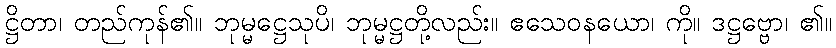
ဋ္ဌိတာ၊ တည်ကုန်၏။ ဘုမ္မဋ္ဌေသုပိ၊ ဘုမ္မဋ္ဌတို့လည်း။ ဧသေဝနယော၊ ကို။ ဒဋ္ဌဗ္ဗော၊ ၏။